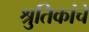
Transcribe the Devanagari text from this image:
श्रुतिकांचे